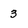
Character: 3